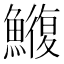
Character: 𮬑